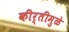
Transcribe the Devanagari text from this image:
कीर्तीमुळे